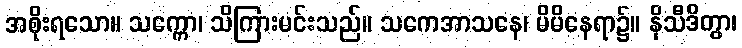
အစိုးရသော။ သက္ကော၊ သိကြားမင်းသည်။ သကေအာသနေ၊ မိမိနေရာ၌။ နိသီဒိတွာ၊